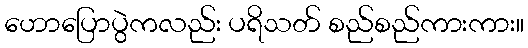
ဟောပြောပွဲကလည်း ပရိသတ် စည်စည်ကားကား။